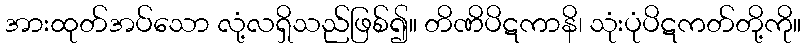
အားထုတ်အပ်သော လုံ့လရှိသည်ဖြစ်၍။ တိဏိပိဋကာနိ၊ သုံးပုံပိဋကတ်တို့ကို။